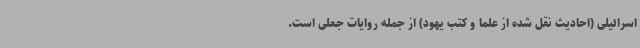
اسرائیلی (احادیث نقل شده از علما و کتب یهود) از جمله روایات جعلی است.